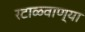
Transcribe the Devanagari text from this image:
रटाळवाण्या